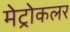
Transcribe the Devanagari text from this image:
मेट्रोकलर